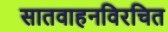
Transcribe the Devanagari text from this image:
सातवाहनविरचित